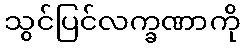
သွင်ပြင်လက္ခဏာကို